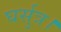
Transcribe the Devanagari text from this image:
घर्सुत्र।